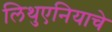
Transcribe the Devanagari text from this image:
लिथुएनियाचे